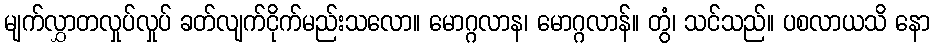
မျက်လွှာတလှုပ်လှုပ် ခတ်လျက်ငိုက်မည်းသလော။ မောဂ္ဂလာန၊ မောဂ္ဂလာန်။ တွံ၊ သင်သည်။ ပစလာယသိ နော